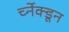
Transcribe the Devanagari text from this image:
र्च्नेक्डून